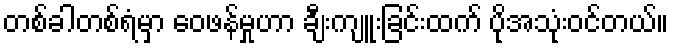
တစ်ခါတစ်ရံမှာ ဝေဖန်မှုဟာ ချီးကျူးခြင်းထက် ပိုအသုံးဝင်တယ်။